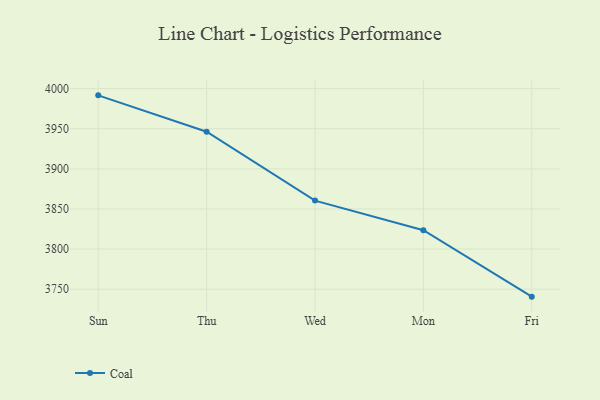
{"axis": {"x": "Day", "y": "Page Views"}, "legend": ["Coal"], "data": [{"x": "Sun", "y": 3991.6, "type": "Coal"}, {"x": "Thu", "y": 3946.3, "type": "Coal"}, {"x": "Wed", "y": 3860.4, "type": "Coal"}, {"x": "Mon", "y": 3823.5, "type": "Coal"}, {"x": "Fri", "y": 3740.7, "type": "Coal"}]}